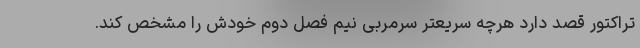
تراکتور قصد دارد هرچه سریعتر سرمربی نیم فصل دوم خودش را مشخص کند.